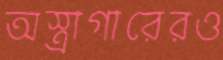
অস্ত্রাগারেরও